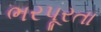
ભરપૂરતા